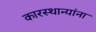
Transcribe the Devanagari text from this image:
कारस्थान्यांना